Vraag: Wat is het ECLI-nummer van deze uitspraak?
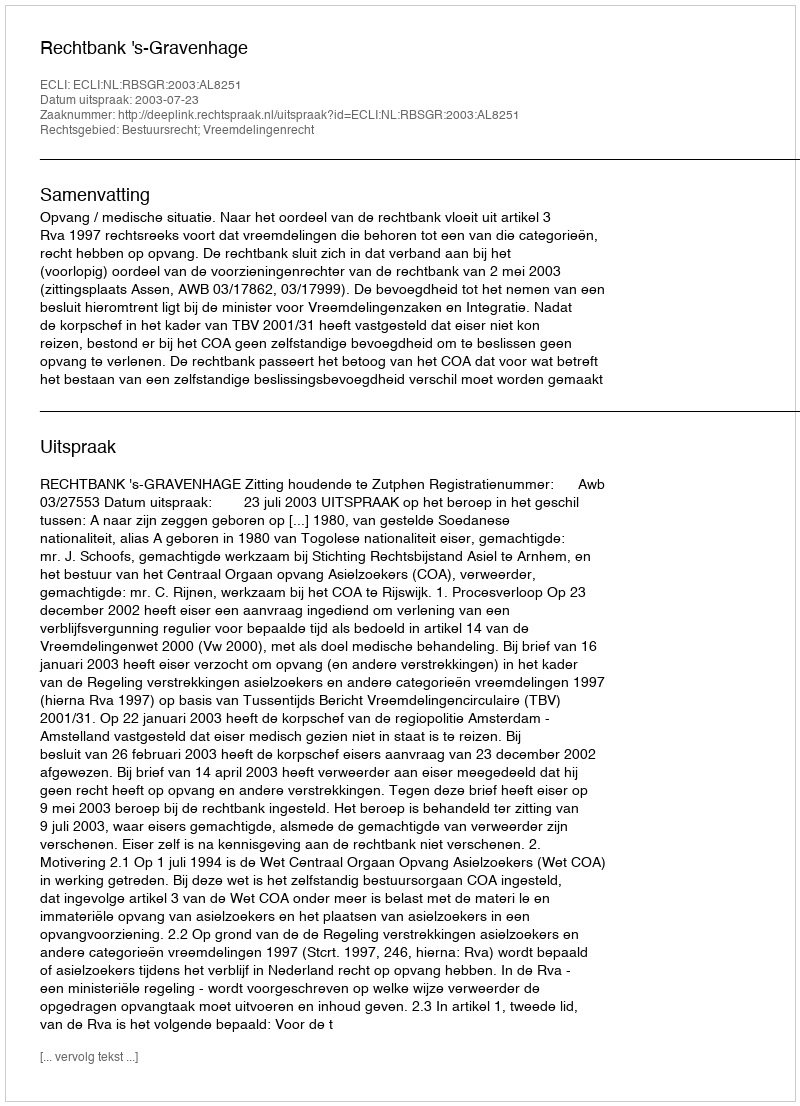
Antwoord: ECLI:NL:RBSGR:2003:AL8251